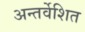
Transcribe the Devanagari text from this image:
अन्तर्वेशित